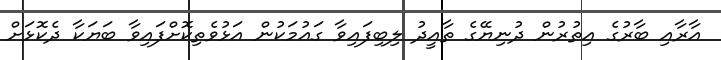
އާރާއި ބާރުގެ އިތުރުން ދުނިޔޭގެ ތާއީދު ލިބިފައިވާ ގައުމަކުން އަޅުވެތިކޮށްފައިވާ ބަޔަކާ ދެކޮޅަށް